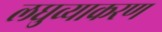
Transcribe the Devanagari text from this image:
लघुव्याकरण